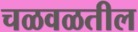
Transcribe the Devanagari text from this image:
चळवळतील